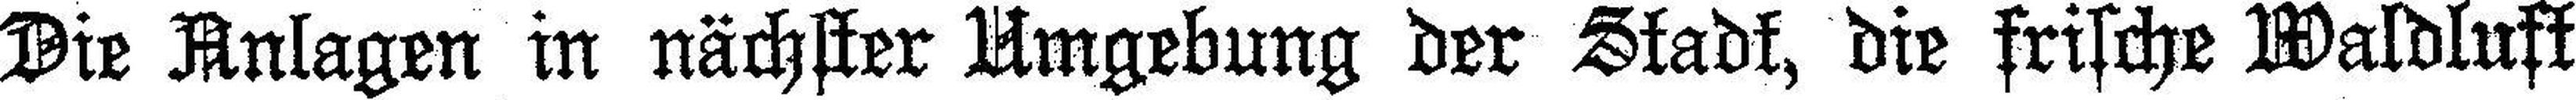
Die Anlagen in nächster Umgebung der Stadt, die frische Waldluft